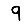
Digit: 9